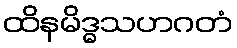
ထိနမိဒ္ဓသဟဂတံ